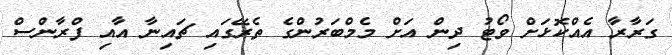
ގަރާރާ އެއްކޮޅަށް ވޯޓު ދިން އަށް މެމްބަރުންގެ ތެރޭގައި ޗައިނާ އާއި ފްރާންސް